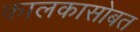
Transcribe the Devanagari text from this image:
कालकासोबत